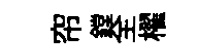
帘鏜全櫂